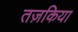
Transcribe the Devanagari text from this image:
तज़किया